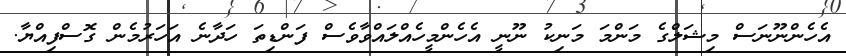
އެހެންނޫނަސް މިޝަލްގެ މަންމަ މަނިކު ނޫނީ އެހެންމީހެއްލައްވާވެސް ފަންޑިތަ ހަދާނެ އަހަރުމެން ގޮސްފިއްޔާ.